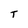
Character: T